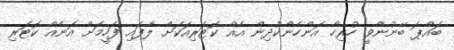
ބައްޕަ ބޭނުންވީ ހުރިހާ އަންހެންކުދިން އެއް ކޮޓަރިއަކަށް ލާފައި ފަހީމަށް އަނެއް ކޮޓަރި